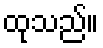
ထုသည်။